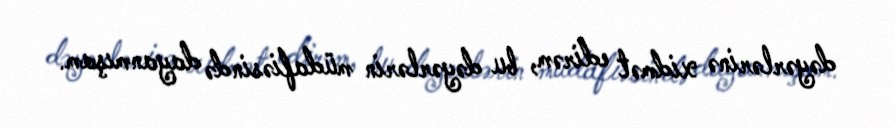
dəyərlərinə xidmət edirəm, bu dəyərlərin müdafiəsində dayanmışam.